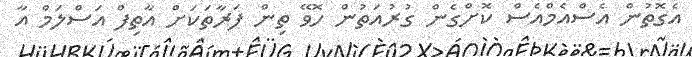
އެގޮތުން އެސްއެމްއެސް ކޮށްގެން ގުރުއަތުން ހޮވޭ ތިން ފަރާތަކަށް އާތިފް އަސްލަމް އާ